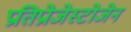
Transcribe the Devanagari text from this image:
प्रतिप्रोजेस्टोजेन